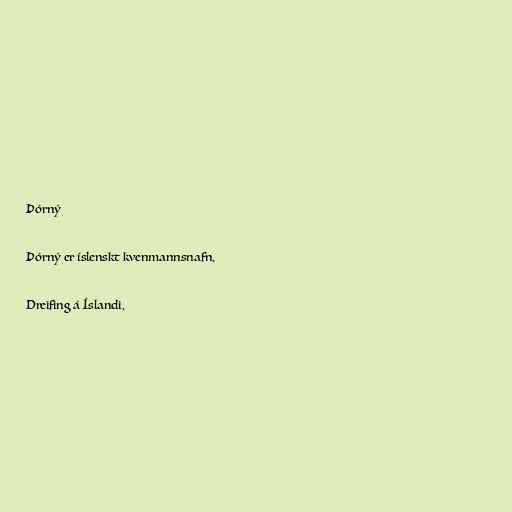
Þórný

Þórný er íslenskt kvenmannsnafn.

Dreifing á Íslandi.